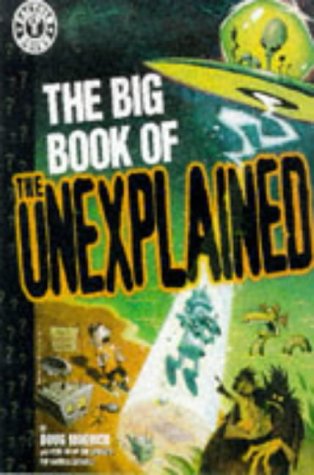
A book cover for The Big Book of the Unexplained (Factoid Books); Doug Moench; Comics & Graphic Novels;